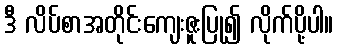
ဒီ လိပ်စာအတိုင်းကျေးဇူးပြု၍ လိုက်ပို့ပါ။